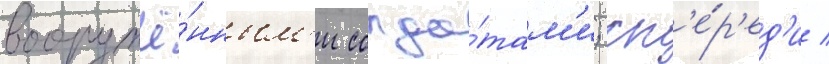
вооружё́нным'и солда́там'и; сп'е́р'ед'и /